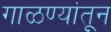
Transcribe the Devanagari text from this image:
गाळण्यांतून